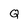
Character: Q